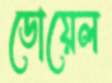
ডোয়েল